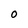
Character: O